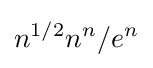
n^{1/2}n^{n}/e^{n}